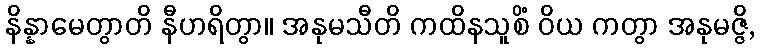
နိန္နာမေတွာတိ နီဟရိတွာ။ အနုမသီတိ ကထိနသူစိံ ဝိယ ကတွာ အနုမဇ္ဇိ,